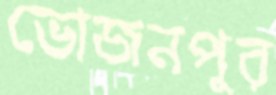
ভোজনপুর